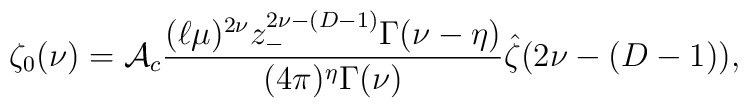
\zeta_{0}(\nu) = {\cal A}_c {(\ell\mu)^{2\nu} z_{-}^{2\nu-(D-1)}             \Gamma(\nu-\eta)             \over (4\pi)^{\eta}\Gamma(\nu)}\hat \zeta(2\nu-(D-1)),